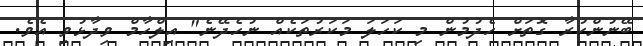
ބޭނުންކުރާ ގޮތަށް ހެދުމުން މި ކަހަލަ މަކަރުތަކެއް ނުހެދޭނެ" އިލްހާމް ވިދާޅުވި އެވެ.